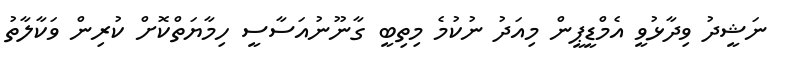
ނަޝީދު ވިދާޅުވީ އެމްޑީޕީން މިއަދު ނުކުމެ މިތިބީ ގާނޫނުއަސާސީ ހިމާޔަތްކޮށް ކުރިން ވަކާލާތު